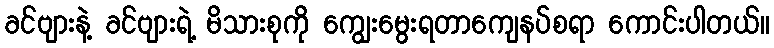
ခင်ဗျားနဲ့ ခင်ဗျားရဲ့ မိသားစုကို ကျွေးမွေးရတာကျေနပ်စရာ ကောင်းပါတယ်။